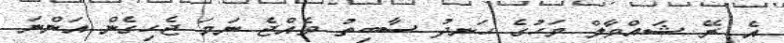
އެ ރޭ ޝައްވާލް މަހުގެ ހަނދު ސާބިތު ވެއްޖެ ނަމަ ޖެހިގެން އަންނަ